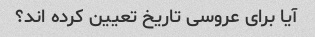
آیا برای عروسی تاریخ تعیین کرده اند؟